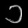
Digit: ၁